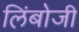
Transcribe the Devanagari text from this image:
लिंबोजी